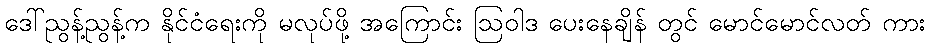
ဒေါ်ညွန့်ညွန့်က နိုင်ငံရေးကို မလုပ်ဖို့ အကြောင်း ဩဝါဒ ပေးနေချိန် တွင် မောင်မောင်လတ် ကား